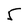
Character: 5